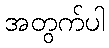
အတွက်ပါ